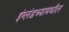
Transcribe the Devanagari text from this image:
इंग्लंडच्यामधील